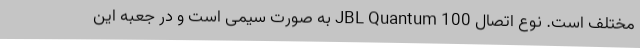
مختلف است. نوع اتصال JBL Quantum 100 به صورت سیمی است و در جعبه این